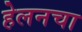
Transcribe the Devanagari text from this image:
हेलनचा